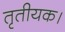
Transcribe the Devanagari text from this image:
तृतीयक।